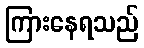
ကြားနေရသည်